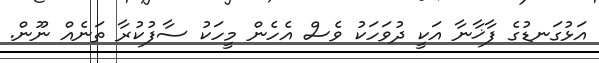
އަޅުގަނޑުގެ ފާޚާނާ އަކީ ދުވަހަކު ވެސް އެހެން މީހަކު ސާފުކުރާ ތަނެއް ނޫން.